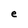
Character: e